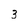
Character: 3